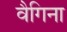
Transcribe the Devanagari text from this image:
वैगिना